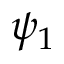
\psi _ { 1 }